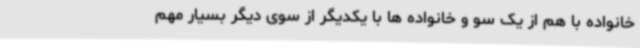
خانواده با هم از یک سو و خانواده ها با یکدیگر از سوی دیگر بسیار مهم